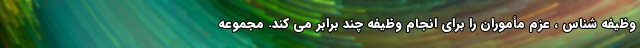
وظیفه شناس ، عزم مأموران را برای انجام وظیفه چند برابر می کند. مجموعه